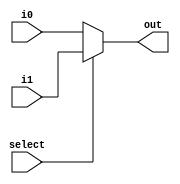

module mux_2x1(i0, i1, select, out);
	
	input [31:0] i0, i1;
	input select;
	output [31:0] out;

	assign out = (select)?i1:i0;
	
endmodule